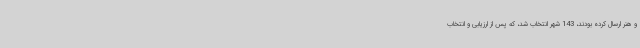
و هنر ارسال کرده بودند، 143 شهر انتخاب شد، که پس از ارزیابی و انتخاب